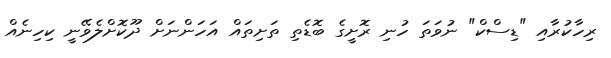
ރިހާކުރާއި "ޑިސްކް" ނުވަތަ ހުނި ރޮށީގެ ބޮޑެތި ތަށިތައް އަހަންނަށް ދޫކޮށްލެވޭނީ ކިހިނެއް